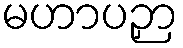
မဟာပဉှာ